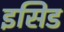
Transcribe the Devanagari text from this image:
इसिड